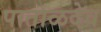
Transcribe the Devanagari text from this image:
पाताळदेव